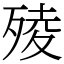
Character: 㱥